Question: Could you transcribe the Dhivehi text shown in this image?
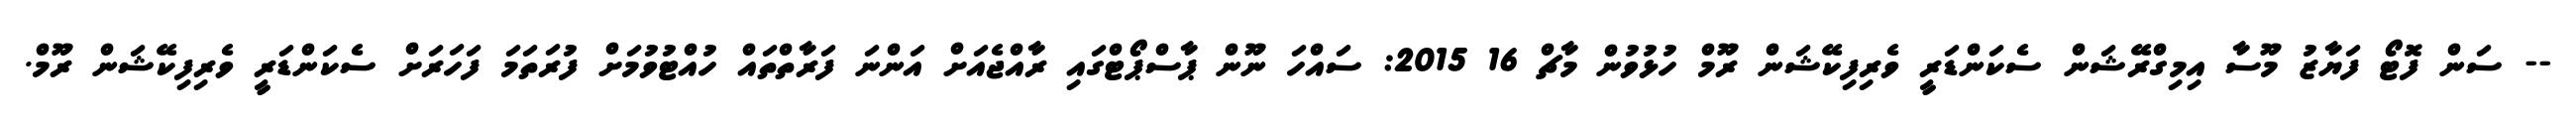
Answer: -- ސަން ފޮޓޯ ފަޔާޒު މޫސާ އިމިގްރޭޝަން ސެކަންޑަރީ ވެރިފިކޭޝަން ރޫމް ހުޅުވުން މާޗް 16 2015: ސައްހަ ނޫން ޕާސްޕޯޓްގައި ރާއްޖެއަށް އަންނަ ފަރާތްތައް ހުއްޓުވުމަށް ފުރަތަމަ ފަހަރަށް ސެކަންޑަރީ ވެރިފިކޭޝަން ރޫމް.